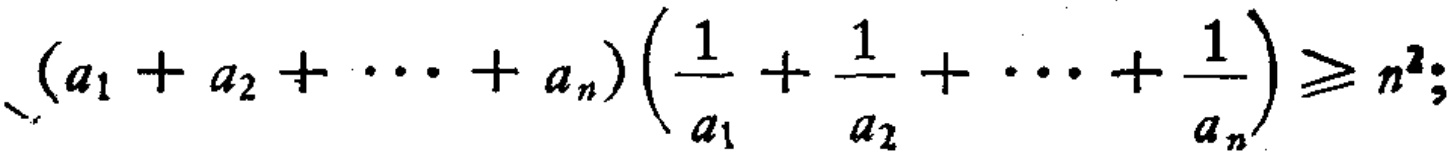
\((a_{1} + a_{2} + \cdots + a_{n})\left(\frac{1}{a_{1}} + \frac{1}{a_{2}} + \cdots + \frac{1}{a_{n}}\right)\geq n^{2};\)